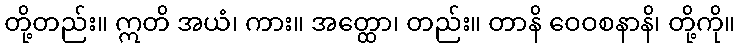
တို့တည်း။ ဣတိ အယံ၊ ကား။ အတ္ထော၊ တည်း။ တာနိ ဝေဝစနာနိ၊ တို့ကို။